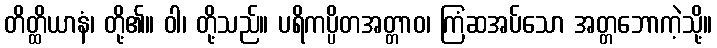
တိတ္ထိယာနံ၊ တို့၏။ ဝါ၊ တို့သည်။ ပရိကပ္ပိတအတ္တာဝ၊ ကြံဆအပ်သော အတ္တဘောကဲ့သို့။